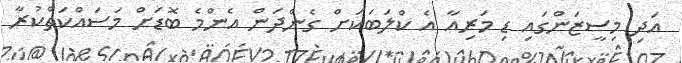
އަދި މިސީޒަންގައި ޑި މަރިއާ އެ ކްލަބަކަށް ގެންދަން އެންމެ ބޮޑަށް މަސައްކަތްކުރާ